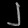
Digit: ၂